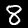
Digit: 8